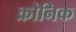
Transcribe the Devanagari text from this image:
क्रौनिक